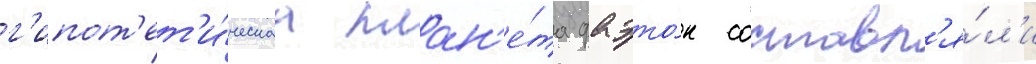
г'ипот'ет'и́ческаа план'е́та фаэто́н составл'я́л'и